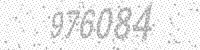
Solution: 976084